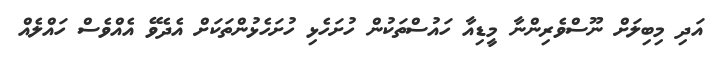
އަދި މިބިލަށް ނޫސްވެރިންނާ މީޑިއާ ހައުސްތަކުން ހުށަހެޅި ހުށަހެޅުންތަކަށް އެދެވޭ އެއްވެސް ހައްލެއް